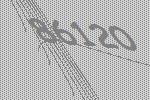
86120